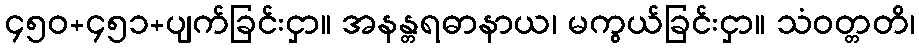
၄၅၀+၄၅၁+ပျက်ခြင်းငှာ။ အနန္တရဓာနာယ၊ မကွယ်ခြင်းငှာ။ သံဝတ္တတိ၊